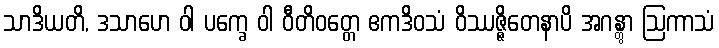
သာဒိယတိ, ဒသာဟေ ဝါ ပက္ခေ ဝါ ဝီတိဝတ္တေ ဧကဒိဝသံ ဝိဿဇ္ဇိတေနာပိ အဂန္တွာ ဩကာသံ